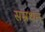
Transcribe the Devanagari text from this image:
सम्रथन